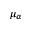
\mu _ { \alpha }